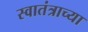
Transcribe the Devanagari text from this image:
स्वातंत्राच्या